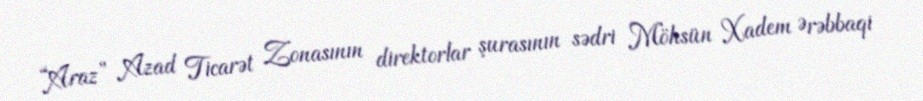
“Araz” Azad Ticarət Zonasının direktorlar şurasının sədri Möhsün Xadem Ərəbbaqi